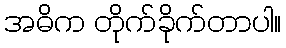
အဓိက တိုက်ခိုက်တာပါ။